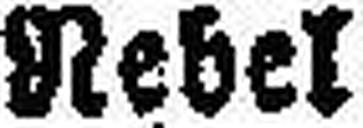
Nebel